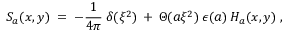
S _ { a } ( x , y ) \; = \; - \frac { 1 } { 4 \pi } \: \delta ( \xi ^ { 2 } ) \: + \: \Theta ( a \xi ^ { 2 } ) \: \epsilon ( a ) \: H _ { a } ( x , y ) \; ,